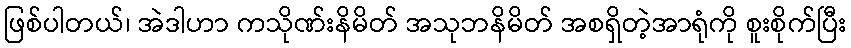
ဖြစ်ပါတယ်၊ အဲဒါဟာ ကသိုဏ်းနိမိတ် အသုဘနိမိတ် အစရှိတဲ့အာရုံကို စူးစိုက်ပြီး